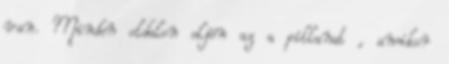
van. Minden oldalon eljön az a pillanat , amikor